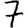
Digit: 7